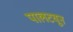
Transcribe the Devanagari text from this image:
पालटवून